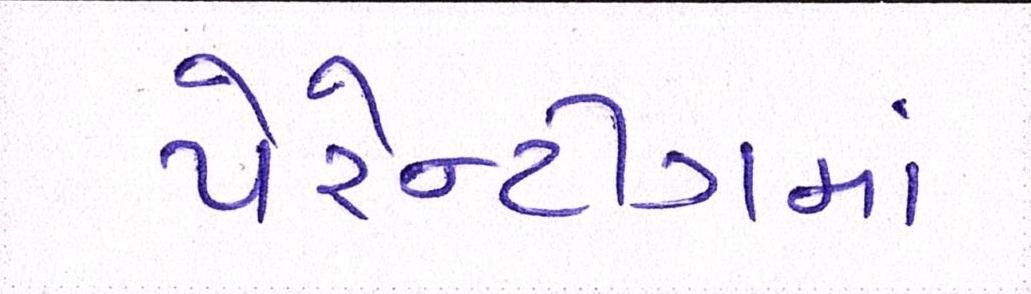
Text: પેરેન્ટીંગમાં